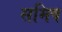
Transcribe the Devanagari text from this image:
समिष